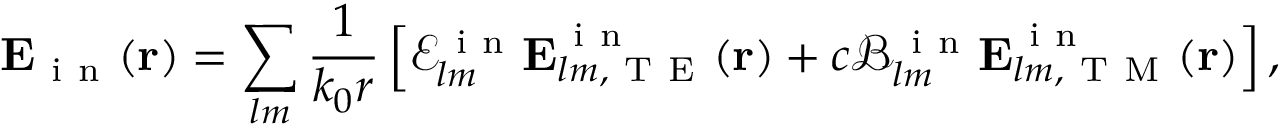
\boldsymbol { \mathbf { E } } _ { \mathrm { ~ i ~ n ~ } } ( \boldsymbol { \mathbf { r } } ) = \sum _ { l m } \frac { 1 } { k _ { 0 } r } \left[ \mathcal { E } _ { l m } ^ { \mathrm { ~ i ~ n ~ } } \boldsymbol { \mathbf { E } } _ { l m , \mathrm { ~ T ~ E ~ } } ^ { \mathrm { ~ i ~ n ~ } } ( \boldsymbol { \mathbf { r } } ) + c \mathcal { B } _ { l m } ^ { \mathrm { ~ i ~ n ~ } } \boldsymbol { \mathbf { E } } _ { l m , \mathrm { ~ T ~ M ~ } } ^ { \mathrm { ~ i ~ n ~ } } ( \boldsymbol { \mathbf { r } } ) \right] ,